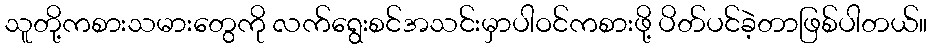
သူတို့ကစားသမားတွေကို လက်ရွေးစင်အသင်းမှာပါဝင်ကစားဖို့ ပိတ်ပင်ခဲ့တာဖြစ်ပါတယ်။